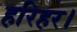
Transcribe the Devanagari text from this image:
हरिहर।